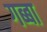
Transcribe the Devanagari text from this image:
गब्बा